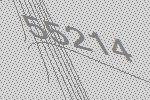
55214